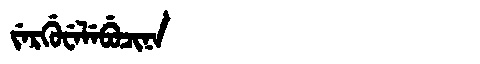
Manchu: ᠵᡝᡵᡤᡠᠸᡝᠯᡝᠪᡠᠴᡳᠨᠠ
Romanization: JERGUWELEBUCINA